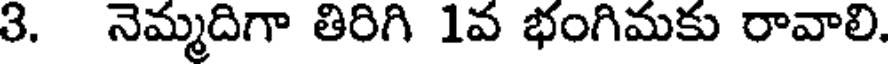
3. నెమ్మదిగా తిరిగి 1వ భంగిమకు రావాలి.